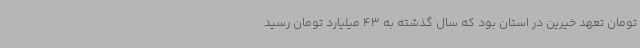
تومان تعهد خیرین در استان بود که سال گذشته به 43 میلیارد تومان رسید